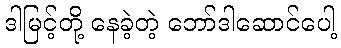
ဒါမြင့်တို့ နေခဲ့တဲ့ ဘော်ဒါဆောင်ပေါ့